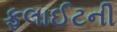
ફલાઈટની